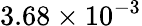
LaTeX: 3.68\times 10^{-3}